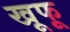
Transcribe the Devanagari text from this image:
खूफू